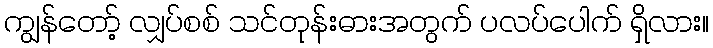
ကျွန်တော့် လျှပ်စစ် သင်တုန်းဓားအတွက် ပလပ်ပေါက် ရှိလား။